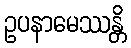
ဥပနာမေဿန္တိ